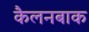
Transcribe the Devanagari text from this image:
कैलनबाक